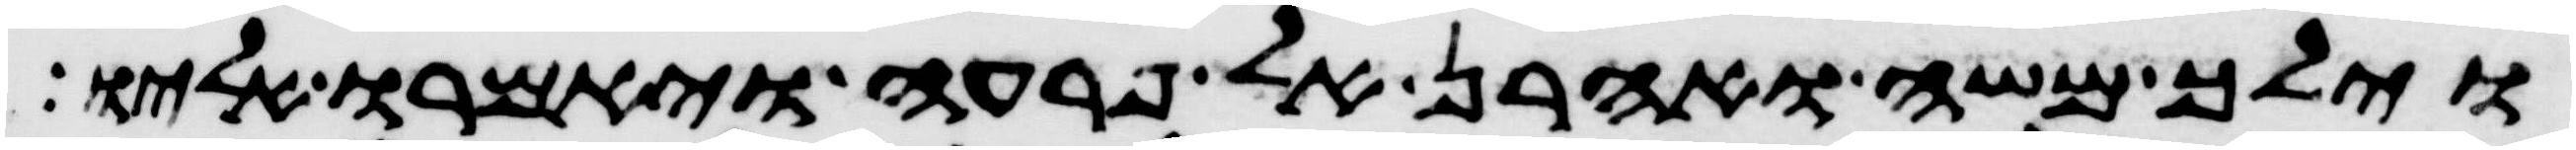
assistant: וילך משה ואהרן אל פרעה ויאמרו אליו